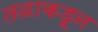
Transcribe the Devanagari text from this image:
तळाकडून